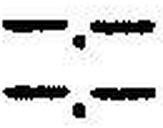
—.—